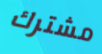
مشترك